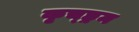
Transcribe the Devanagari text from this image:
कृच्छ्रम